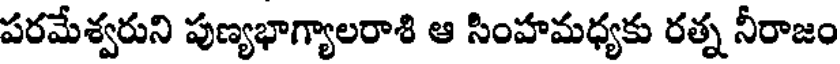
పరమేశ్వరుని పుణ్యభాగ్యాలరాశి ఆ సింహమధ్యకు రత్న నీరాజం